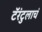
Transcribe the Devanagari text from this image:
टॅरंटुलाचं